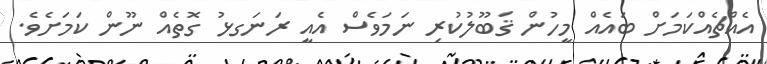
އެއްޗެއްކަމަށް ބައެއް މީހުން ޤަބޫލުކުރި ނަމަވެސް އެއީ ރަނަގޅު ގޮތެއް ނޫން ކަމަށެވެ.